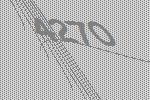
4270